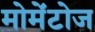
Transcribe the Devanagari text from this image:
मोमेंटोज